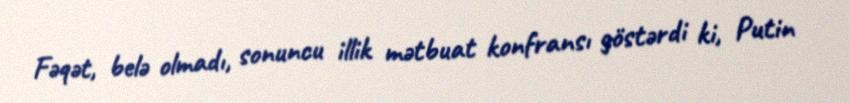
Fəqət, belə olmadı, sonuncu illik mətbuat konfransı göstərdi ki, Putin